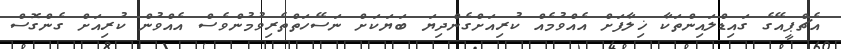
އެޗްޕީއޭގެ ގައިޑްލައިންތަކާ ޚިލާފަށް އެއްވުމެއް ކުުރިއަށްގެންދިޔަ ބަޔަކަށް ނަސޭހަތްތެރިވުމުންވެސް އެއްވުން ކުރިއަށް ގެންގޮސް